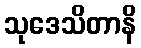
သုဒေသိတာနိ